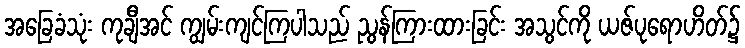
အခြေခံသုံး ကုချီအင် ကျွမ်းကျင်ကြပါသည် ညွန်ကြားထားခြင်း အသွင်ကို ယဇ်ပုရောဟိတ်၌